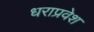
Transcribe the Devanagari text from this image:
धराप्रवेश